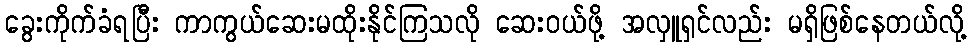
ခွေးကိုက်ခံရပြီး ကာကွယ်ဆေးမထိုးနိုင်ကြသလို ဆေးဝယ်ဖို့ အလှူရှင်လည်း မရှိဖြစ်နေတယ်လို့